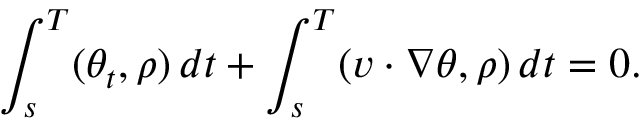
\int _ { s } ^ { T } ( \theta _ { t } , \rho ) \, d t + \int _ { s } ^ { T } ( v \cdot \nabla \theta , \rho ) \, d t = 0 .